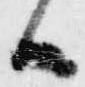
候